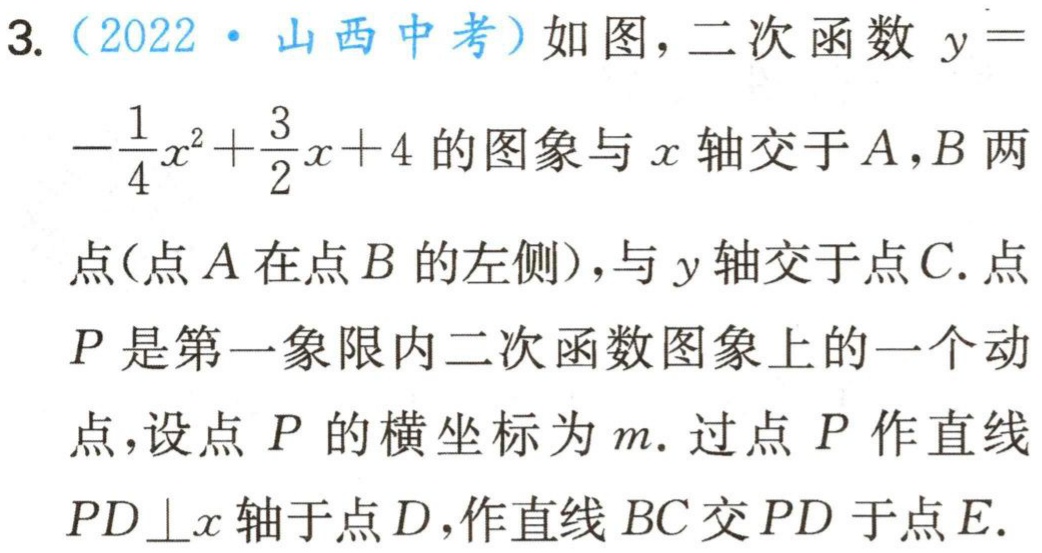
3.（2022·山西中考）如图，二次函数\(y =-\frac{1}{4}x^{2}+\frac{3}{2}x + 4\)的图象与\(x\)轴交于\(A,B\)两点(点\(A\)在点\(B\)的左侧)，与\(y\)轴交于点\(C\). 点\(P\)是第一象限内二次函数图象上的一个动点，设点\(P\)的横坐标为\(m\). 过点\(P\)作直线\(PD\perp x\)轴于点\(D\)，作直线\(BC\)交\(PD\)于点\(E\).